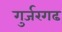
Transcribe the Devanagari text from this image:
गुर्जरगढ